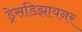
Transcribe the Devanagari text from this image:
ड्रेसडिझायनर